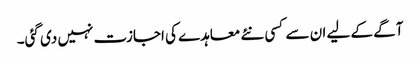
آگے کے لیے ان سے کسی نئے معاہدے کی اجازت نہیں دی گئی۔